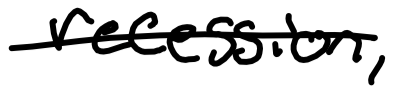
Text: recession,
Cross-out: single-line
Writing tool: digital_black